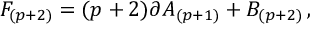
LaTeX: F _ { ( p + 2 ) } = ( p + 2 ) \partial A _ { ( p + 1 ) } + B _ { ( p + 2 ) } \, ,